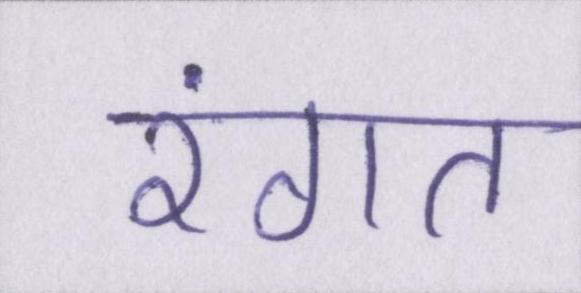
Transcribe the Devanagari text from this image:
रंगत